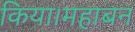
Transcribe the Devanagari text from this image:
किया।महाबन